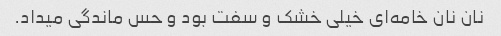
نان نان خامه‌ای خیلی خشک و سفت بود و حس ماندگی میداد.